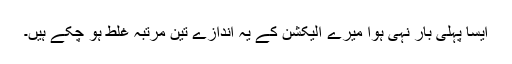
ایسا پہلی بار نہی ہوا میرے الیکشن کے یہ اندازے تین مرتبہ غلط ہو چکے ہیں۔